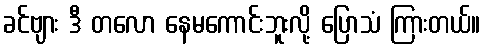
ခင်ဗျား ဒီ တလော နေမကောင်းဘူးလို့ ပြောသံ ကြားတယ်။